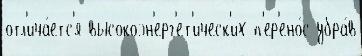
отл'ича́етс'я высокоэн'ерг'ет'ическ'их п'ер'ено́с убра́в